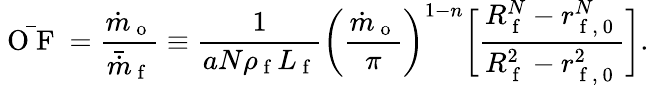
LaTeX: \bar{\mathrm{~O~F~}}=\frac{\dot{m}_{\mathrm{~o~}}}{\bar{\dot{m}}_{\mathrm{~f~}}}\equiv\frac{1}{aN\rho_{\mathrm{~f~}}L_{\mathrm{~f~}}}\bigg(\frac{\dot{m}_{\mathrm{~o~}}}{\pi}\bigg)^{1-n}\bigg[\frac{R_{\mathrm{~f~}}^{N}-r_{\mathrm{~f~,~0~}}^{N}}{R_{\mathrm{~f~}}^{2}-r_{\mathrm{~f~,~0~}}^{2}}\bigg].